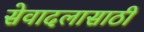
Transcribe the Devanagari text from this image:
सेवादलासाठी